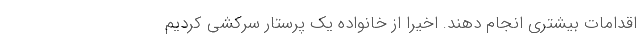
اقدامات بیشتری انجام دهند. اخیرا از خانواده یک پرستار سرکشی کردیم